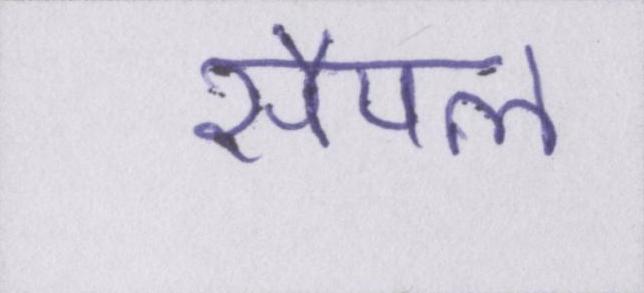
सैंपल